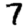
Digit: 7